Annual administration report of the Civil Veterinary Department of India - 1899-1900
Year: 1899
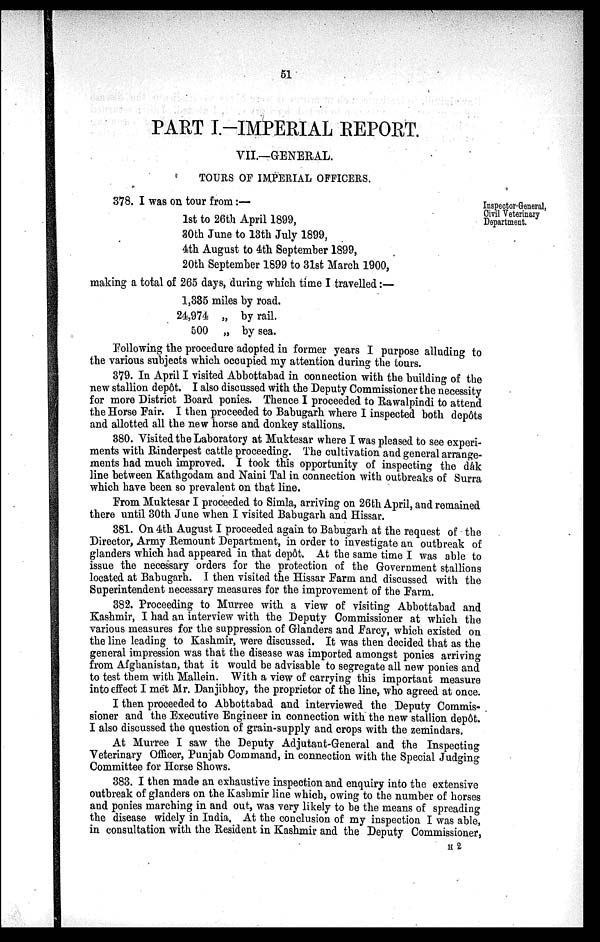
51
PART I.—IMPERIAL REPORT.
VII.—GENERAL.
TOURS OF IMPERIAL OFFICERS.
Inspector-General,
Civil Veterinary
Department.
378. I was on tour from :—
1st to 26th April 1899,
30th June to 13th July 1899,
4th August to 4th September 1899,
20th September 1899 to 31st March 1900,
making a total of 265 days, during which time I travelled:—
1,335 miles by road.
24,974 „ by rail.
500 „ by sea.
Following the procedure adopted in former years I purpose alluding to
the various subjects which occupied my attention during the tours.
379. In April I visited Abbottabad in connection with the building of the
new stallion depôt. I also discussed with the Deputy Commissioner the necessity
for more District Board ponies. Thence I proceeded to Rawalpindi to attend
the Horse Fair. I then proceeded to Babugarh where I inspected both depôts
and allotted all the new horse and donkey stallions.
380. Visited the Laboratory at Muktesar where I was pleased to see experi-
ments with Rinderpest cattle proceeding. The cultivation and general arrange-
ments had much improved. I took this opportunity of inspecting the dâk
line between Kathgodam and Naini Tal in connection with outbreaks of Surra
which have been so prevalent on that line.
From Muktesar I proceeded to Simla, arriving on 26th April, and remained
there until 30th June when I visited Babugarh and Hissar.
381. On 4th August I proceeded again to Babugarh at the request of the
Director, Army Remount Department, in order to investigate an outbreak of
glanders which had appeared in that depôt. At the same time I was able to
issue the necessary orders for the protection of the Government stallions
located at Babugarh. I then visited the Hissar Farm and discussed with the
Superintendent necessary measures for the improvement of the Farm.
382. Proceeding to Murree with a view of visiting Abbottabad and
Kashmir, I had an interview with the Deputy Commissioner at which the
various measures for the suppression of Glanders and Farcy, which existed on
the line leading to Kashmir, were discussed. It was then decided that as the
general impression was that the disease was imported amongst ponies arriving
from Afghanistan, that it would be advisable to segregate all new ponies and
to test them with Mallein. With a view of carrying this important measure
into effect I met Mr. Danjibhoy, the proprietor of the line, who agreed at once.
I then proceeded to Abbottabad and interviewed the Deputy Commis-
sioner and the Executive Engineer in connection with the new stallion depôt.
I also discussed the question of grain-supply and crops with the zemindars.
At Murree I saw the Deputy Adjutant-General and the Inspecting
Veterinary Officer, Punjab Command, in connection with the Special Judging
Committee for Horse Shows.
383. I then made an exhaustive inspection and enquiry into the extensive
outbreak of glanders on the Kashmir line which, owing to the number of horses
and ponies marching in and out, was very likely to be the means of spreading
the disease widely in India. At the conclusion of my inspection I was able,
in consultation with the Resident in Kashmir and the Deputy Commissioner,
H 2